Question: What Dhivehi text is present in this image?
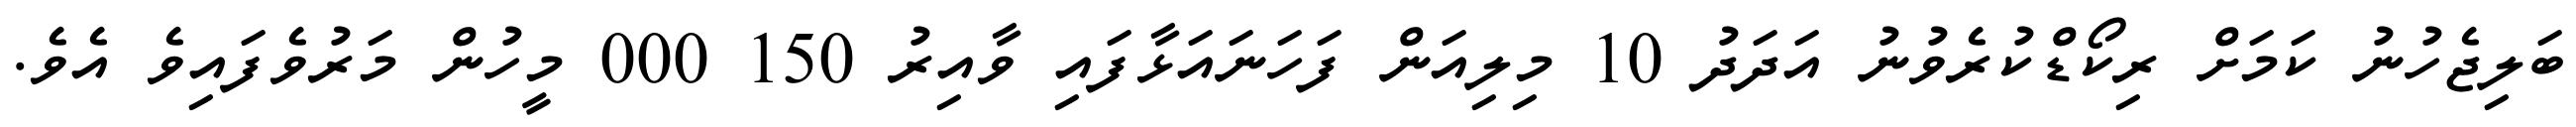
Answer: ބަލިޖެހުނު ކަމަށް ރިކޯޑްކުރެވުނު އަދަދު 10 މިލިއަން ފަހަނައަޅާފައި ވާއިރު 150 000 މީހުން މަރުވެފައިވެ އެވެ.